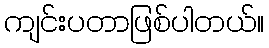
ကျင်းပတာဖြစ်ပါတယ်။